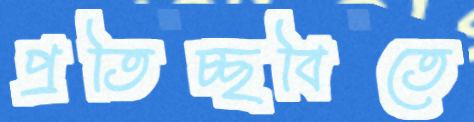
প্রতিচ্ছবিতে